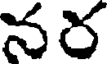
నర